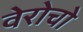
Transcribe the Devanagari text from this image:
वेरोचो